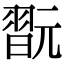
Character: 翫